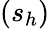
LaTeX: (s_{h})